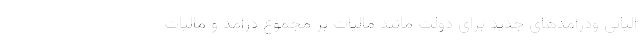
الیاتی ودرآمدهای جدید برای دولت مانند مالیات بر مجموع درآمد و مالیات